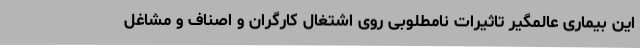
این بیماری عالمگیر تاثیرات نامطلوبی روی اشتغال کارگران و اصناف و مشاغل